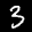
Label: 3